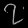
Digit: ၇